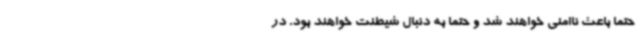
حتماً باعث ناامنی خواهند شد و حتماً به دنبال شیطنت خواهند بود. در